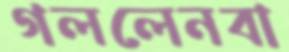
গললেনবা